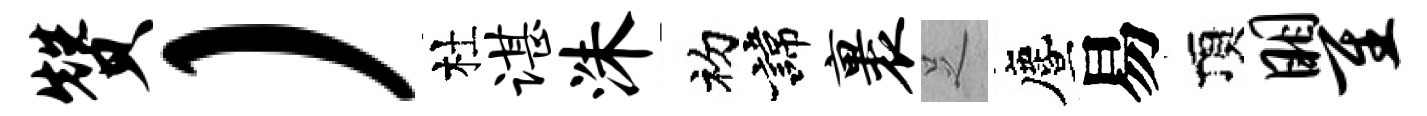
赞）杜谌洙初諱裹𠯁󵨌易頂瞿